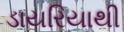
ડાયરિયાથી